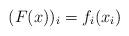
LaTeX: \begin{align*}(F(x))_{i}=f_{i}(x_{i})\end{align*}